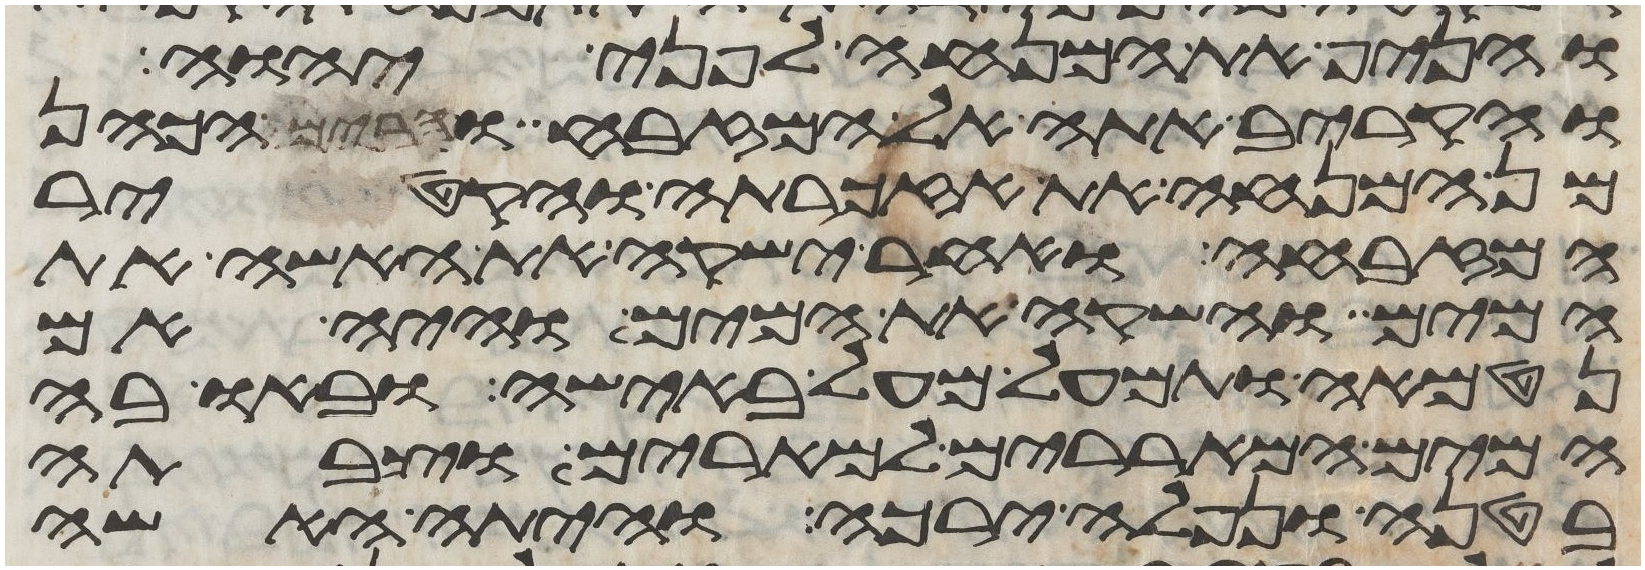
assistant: והניף את המנחה לפני יהוה
והקריב אתה אל המזבח והרים הכהן
מן המנחה את אזכרתה והקטיר
המזבחה ואחר ישקה את האשה את
המים והשקה את המים והיה אם
נטמאה ותמעל מעל באישה ובאו בה
המים המאררים למרים וצבתה
בטנה ונפלה ירכה והיתה האשה